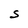
Character: S